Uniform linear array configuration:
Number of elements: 32
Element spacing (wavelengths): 0.5
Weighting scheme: exponential
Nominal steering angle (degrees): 30
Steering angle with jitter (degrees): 30.775
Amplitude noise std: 0.05
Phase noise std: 0.05

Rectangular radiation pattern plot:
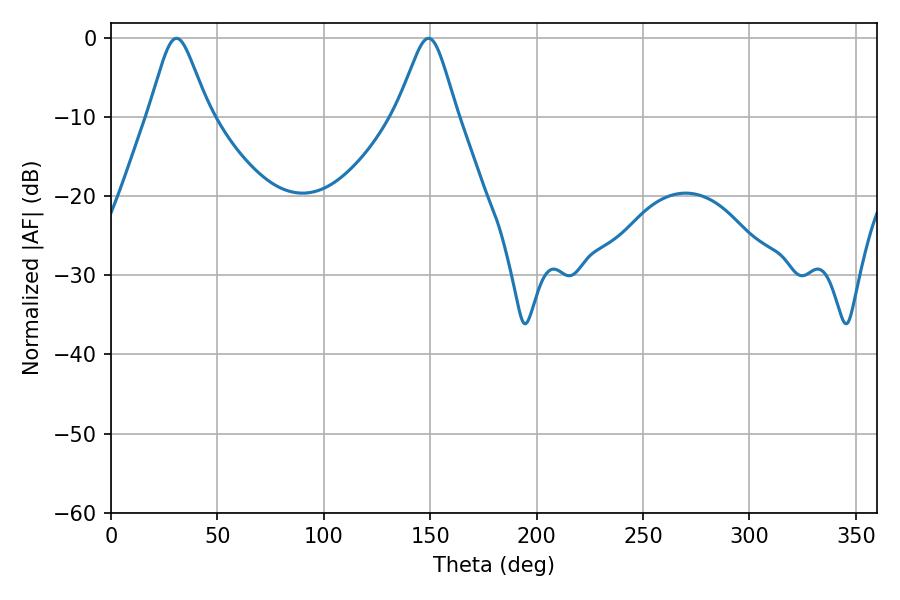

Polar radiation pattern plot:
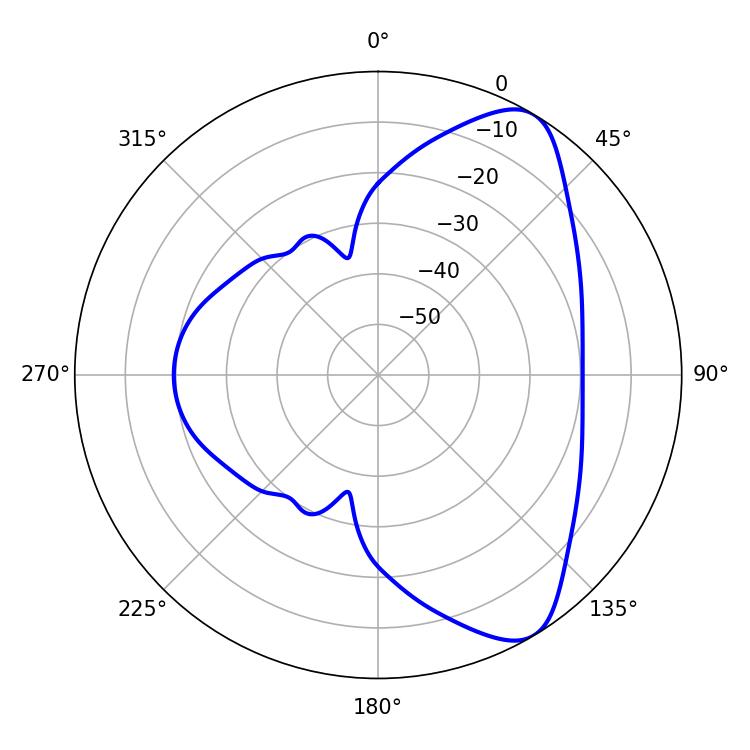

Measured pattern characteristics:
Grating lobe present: FALSE
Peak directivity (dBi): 7.996
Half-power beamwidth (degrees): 13.68
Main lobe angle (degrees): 30.78